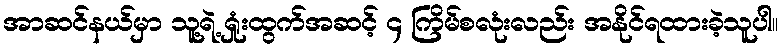
အာဆင်နယ်မှာ သူ့ရဲ့ ရှုံးထွက်အဆင့် ၄ ကြိမ်စလုံးလည်း အနိုင်ရထားခဲ့သူပါ။